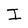
Character: I